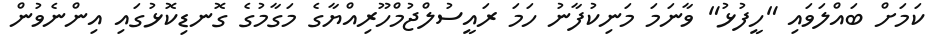
ކަމަށް ބައްލަވައި "ހީފުޅު" ވާނަމަ މަނިކުފާނު ހަމަ ރައީސުލްޖުމްހޫރިއްޔާގެ މަގާމުގެ ގޮނޑިކޮޅުގައި އިންނެވުން